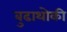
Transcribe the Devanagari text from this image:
बुढाथोकी